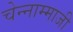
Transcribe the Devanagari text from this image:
चेन्‍नाम्‍माजी